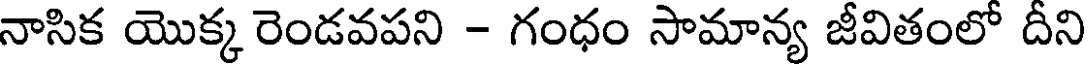
నాసిక యొక్క రెండవపని - గంధం సామాన్య జీవితంలో దీని